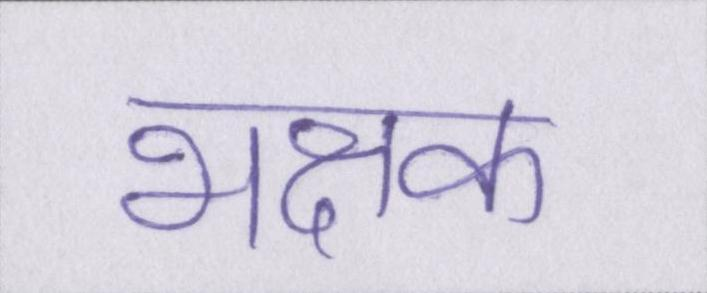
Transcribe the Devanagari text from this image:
भक्षक